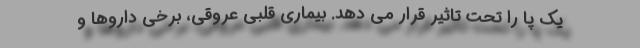
یک پا را تحت تاثیر قرار می دهد. بیماری قلبی عروقی، برخی داروها و